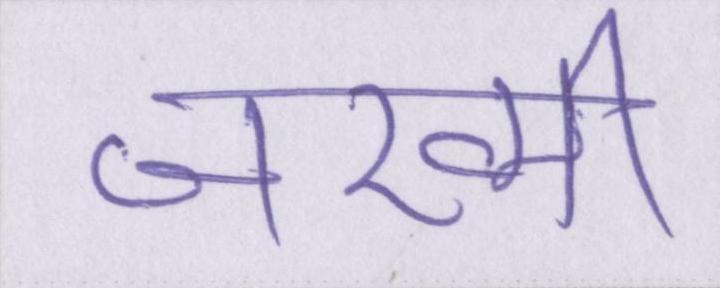
जख्मी